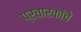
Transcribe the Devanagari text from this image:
प्रचारकांचे